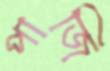
পাজি